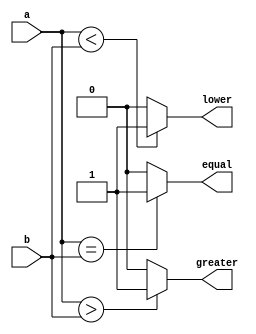
module comparator_2bit ( a ,b ,equal ,greater ,lower ); output equal ; output greater ; output lower ; input [1:0] a ; input [1:0] b ; assign equal = (a==b) ? 1 : 0; assign greater = (a>b) ? 1 : 0; assign lower = (a<b) ? 1 : 0; endmodule